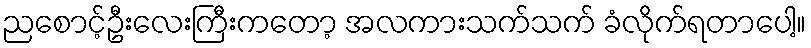
ညစောင့်ဦးလေးကြီးကတော့ အလကားသက်သက် ခံလိုက်ရတာပေါ့။